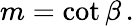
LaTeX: m=\cot\beta\, .